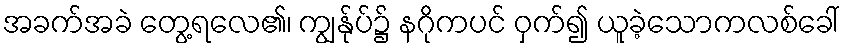
အခက်အခဲ တွေ့ရလေ၏၊ ကျွန်ုပ်၌ နဂိုကပင် ဝှက်၍ ယူခဲ့သောကလစ်ခေါ်